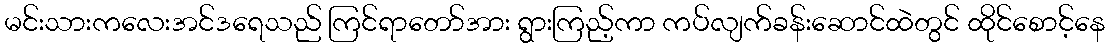
မင်းသားကလေးအင်ဒရေသည် ကြင်ရာတော်အား ရွားကြည့်ကာ ကပ်လျက်ခန်းဆောင်ထဲတွင် ထိုင်စောင့်နေ